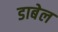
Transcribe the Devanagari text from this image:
डाबेल